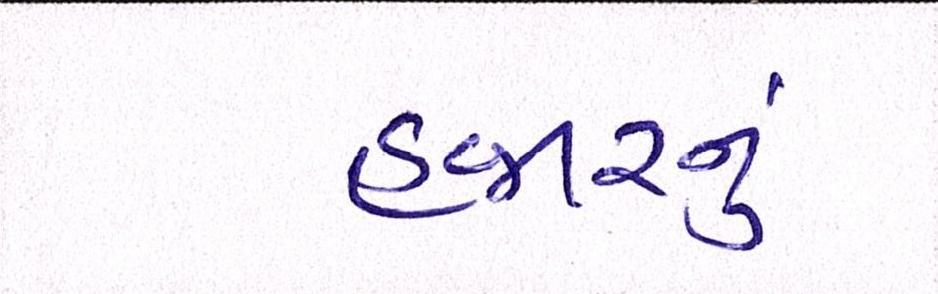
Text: હજારનું